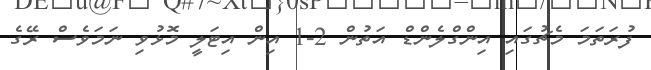
ފުރަތަމަ މެޗުގައި އިންގްލެންޑް އަތުން 2-1 އިން އިޓަލީ މޮޅުވި ނަމަވެސް ރޭގެ